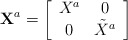
\begin{align*}{\bf X}^a = \left[\begin{array}{cc}{X}^a & 0\\0 & \tilde{X}^a\end{array}\right]\end{align*}